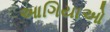
આગિયાઓ